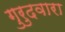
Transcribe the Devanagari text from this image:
गुरुदवारा